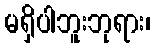
မရှိပါဘူးဘုရား၊